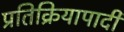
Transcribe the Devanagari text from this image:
प्रतिक्रियापादी